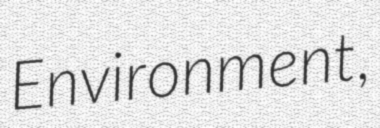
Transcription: Environment,